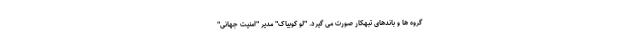
گروه ها و باندهای تبهکار صورت می گیرد. "لو کوبیاک" مدیر "امنیت جهانی"